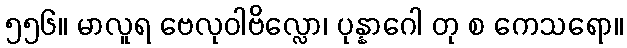
၅၅၆။ မာလူရ ဗေလုဝါဗိလ္လော၊ ပုန္နာဂေါ တု စ ကေသရော။